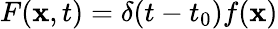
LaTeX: F(\mathbf{x},t)=\delta(t-t_{0})f(\mathbf{x})